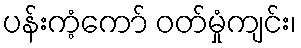
ပန်းကံ့ကော် ဝတ်မှုံကျင်း၊